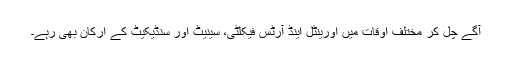
آگے چل کر مختلف اوقات میں اورینٹل اینڈ آرٹس فیکلٹی، سینیٹ اور سنڈیکیٹ کے ارکان بھی رہے۔